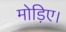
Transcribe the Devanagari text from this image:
मोड़िए।